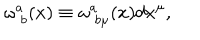
\omega _ { \; b } ^ { a } ( x ) \equiv \omega _ { \; b \mu } ^ { a } ( x ) d x ^ { \mu } ,